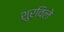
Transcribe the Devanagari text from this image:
शुरविले